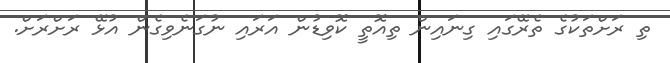
ތި ރަށްތަކުގެ ތެރޭގައި ގިނައިން ތިއޮތީ ކޮވިޑުން އަރައި ނުގަނެވިގެން އުޅޭ ރަށްރަށް.